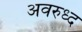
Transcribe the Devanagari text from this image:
अवरुध्द